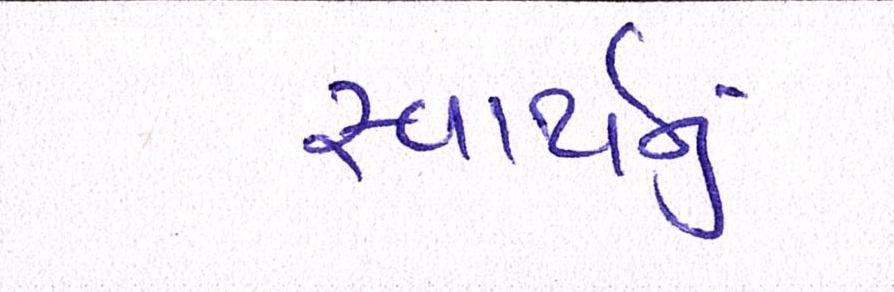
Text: સ્વાર્થનું